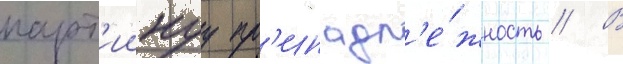
парт'иинуу пр'инадл'е́жность // В